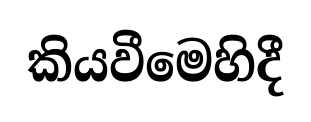
කියවීමෙහිදී